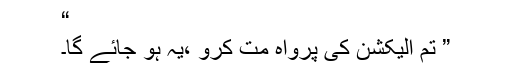
“
” تم الیکشن کی پرواہ مت کرو ،یہ ہو جائے گا۔